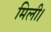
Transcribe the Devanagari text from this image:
मिली।